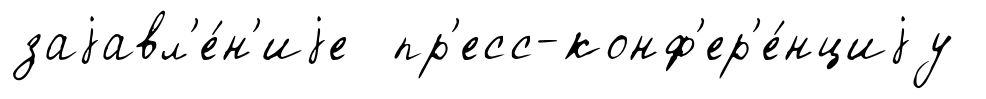
заjавл'е́н'иjе пр'есс-конф'ер'е́нциjу